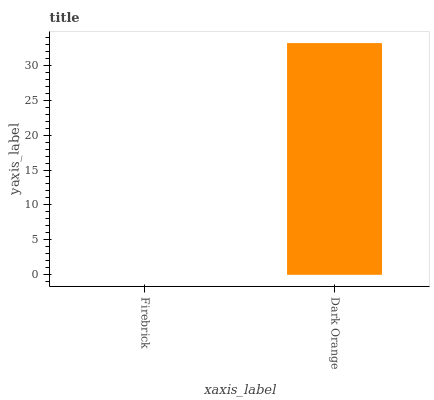
| xaxis_label | bars |
 | --- | --- |
 | Firebrick | 0 |
 | Dark Orange | 33.2 |